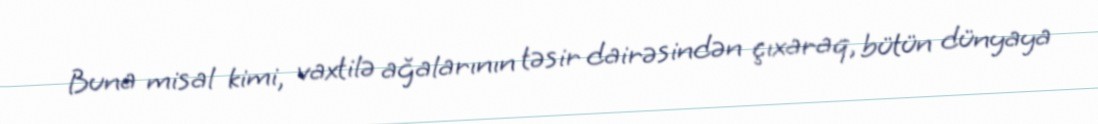
Buna misal kimi, vaxtilə ağalarının təsir dairəsindən çıxaraq, bütün dünyaya